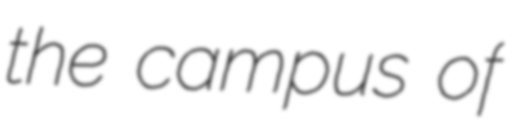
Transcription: the campus of